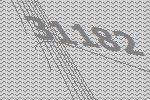
31182